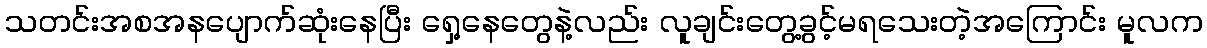
သတင်းအစအနပျောက်ဆုံးနေပြီး ရှေ့နေတွေနဲ့လည်း လူချင်းတွေ့ခွင့်မရသေးတဲ့အကြောင်း မူလက